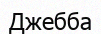
Джебба